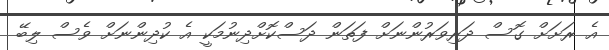
އެ ރަށަށް ގޮސް ދަރިވަރުންނަށް ފަތަން ދަސްކޮށްދިނުމަކީ އެ ކުދިންނަށް ވެސް ލިބޭ